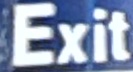
Exit